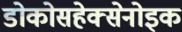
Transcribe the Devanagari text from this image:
डोकोसहेक्सेनोइक